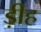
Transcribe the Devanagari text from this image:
ड़ीह